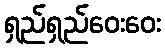
ရှည်ရှည်ဝေးဝေး